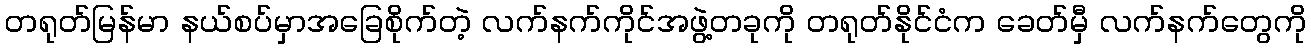
တရုတ်မြန်မာ နယ်စပ်မှာအခြေစိုက်တဲ့ လက်နက်ကိုင်အဖွဲ့တခုကို တရုတ်နိုင်ငံက ခေတ်မှီ လက်နက်တွေကို